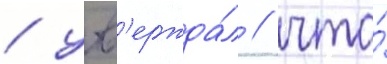
/ утв'ержда́л / что́